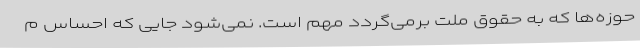
حوزه‌ها که به حقوق ملت برمی‌گردد مهم است. نمی‌شود جایی که احساس م